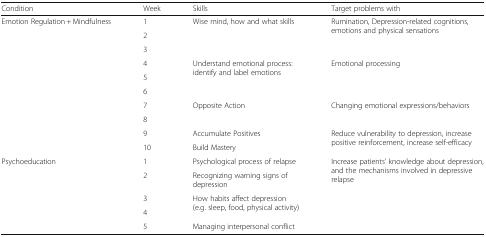
| Condition | Week | Skills | Target problems with |
 | --- | --- | --- | --- |
 | <ROWSPAN=10> Emotion Regulation + Mindfulness | 1 | <ROWSPAN=2> Wise mind, how and what skills | <ROWSPAN=2> Rumination, Depression-related cognitions, emotions and physical sensations |
 | 2 |
 | 3 |  |  |
 | 4 | <ROWSPAN=3> Understand emotional process: identify and label emotions | <ROWSPAN=3> Emotional processing |
 | 5 |
 | 6 |
 | 7 | <ROWSPAN=2> Opposite Action | <ROWSPAN=2> Changing emotional expressions/behaviors |
 | 8 |
 | 9 | Accumulate Positives | <ROWSPAN=2> Reduce vulnerability to depression, increase positive reinforcement, increase self-efficacy |
 | 10 | Build Mastery |
 | <ROWSPAN=5> Psychoeducation | 1 | Psychological process of relapse | <ROWSPAN=5> Increase patients’ knowledge about depression, and the mechanisms involved in depressive relapse |
 | 2 | Recognizing warning signs of depression |
 | 3 | <ROWSPAN=2> How habits affect depression (e.g. sleep, food, physical activity) |
 | 4 |
 | 5 | Managing interpersonal conflict |